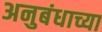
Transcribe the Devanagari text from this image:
अनुबंधाच्या